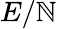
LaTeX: E/\mathbb{N}